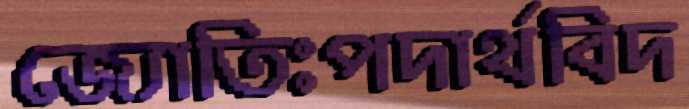
জ্যোতিঃপদার্থবিদ